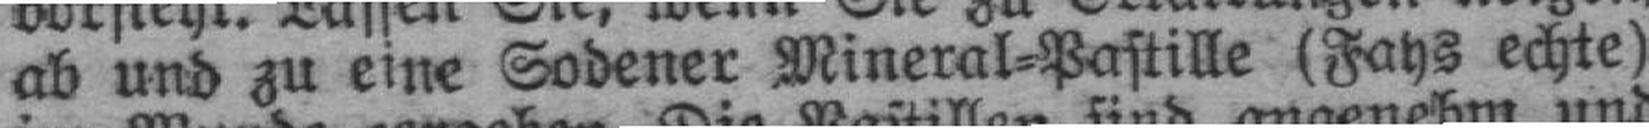
ab und zu eine Sodener Mineral=Pastille (Fays echte)